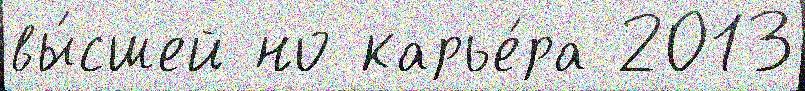
вы́сшей но карье́ра 2013